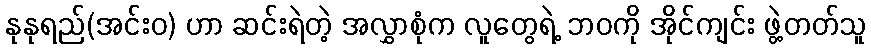
နုနုရည်(အင်းဝ) ဟာ ဆင်းရဲတဲ့ အလွှာစုံက လူတွေရဲ့ ဘဝကို အိုင်ကျင်း ဖွဲ့တတ်သူ